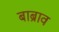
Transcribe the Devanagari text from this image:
बाब्राव